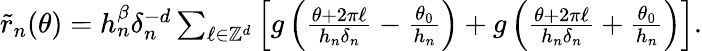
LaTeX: \begin{array}{r}{\widetilde r_{n}(\theta)=h_{n}^{\beta}\delta_{n}^{-d}\sum_{\ell\in\mathbb Z^{d}}\left[g\left(\frac{\theta+2\pi\ell}{h_{n}\delta_{n}}-\frac{\theta_{0}}{h_{n}}\right)+g\left(\frac{\theta+2\pi\ell}{h_{n}\delta_{n}}+\frac{\theta_{0}}{h_{n}}\right)\right].}\end{array}